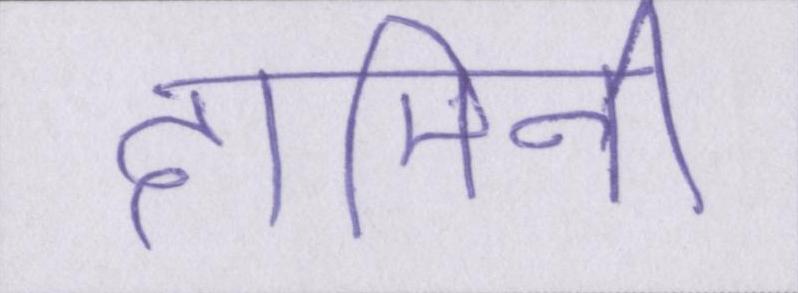
दामिनी